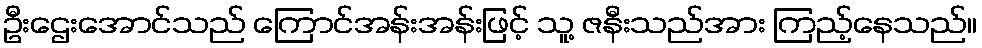
ဦးဌေးအောင်သည် ကြောင်အန်းအန်းဖြင့် သူ့ ဇနီးသည်အား ကြည့်နေသည်။